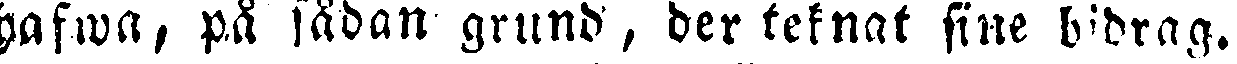
hafwa, på sådan grund, ber teknat sine bidrag.